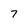
Character: 7